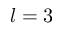
l = 3